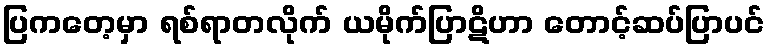
ပြကတေ့မှာ ရစ်ရာတလိုက် ယမိုက်ပြာဋိဟာ တောင့်ဆပ်ပြာပင်